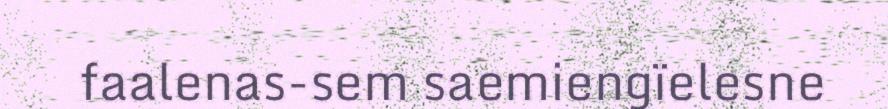
faalenas-sem saemiengïelesne